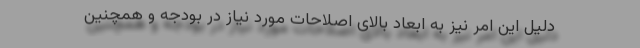
دلیل این امر نیز به ابعاد بالای اصلاحات مورد نیاز در بودجه و همچنین